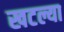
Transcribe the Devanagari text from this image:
खटल्या